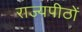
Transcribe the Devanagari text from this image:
राज्यपीठों